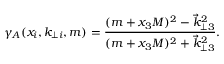
\gamma _ { A } ( x _ { i } , k _ { \perp i } , m ) = \frac { ( m + x _ { 3 } { \cal M } ) ^ { 2 } - \vec { k } _ { \perp 3 } ^ { 2 } } { ( m + x _ { 3 } { \cal M } ) ^ { 2 } + \vec { k } _ { \perp 3 } ^ { 2 } } .